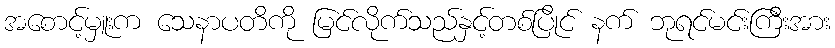
အစောင့်မှူးက သေနာပတိကို မြင်လိုက်သည်နှင့်တစ်ပြိုင် နက် ဘုရင်မင်းကြီးအား